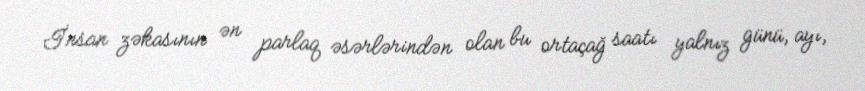
İnsan zəkasının ən parlaq əsərlərindən olan bu ortaçağ saatı yalnız günü, ayı,